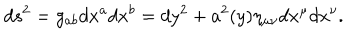
d s ^ { 2 } = g _ { a b } d x ^ { a } d x ^ { b } = d y ^ { 2 } + a ^ { 2 } ( y ) \eta _ { \mu \nu } d x ^ { \mu } d x ^ { \nu } .